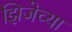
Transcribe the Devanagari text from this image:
झिजेच्या